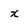
Character: x